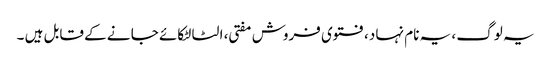
یہ لوگ ، یہ نام نہا د، فتوی فروش مفتی ، الٹا لٹکائے جا نے کے قابل ہیں ۔